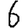
Digit: 6